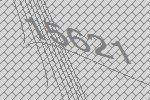
15621